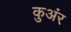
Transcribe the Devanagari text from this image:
कुअंर